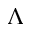
\Lambda